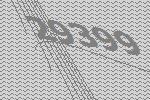
29399